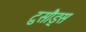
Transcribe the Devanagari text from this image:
टुसौड्स